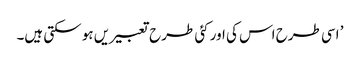
’ اسی طرح اس کی اور کئی طرح تعبیریں ہو سکتی ہیں۔